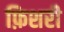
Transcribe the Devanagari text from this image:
फ़िशरी